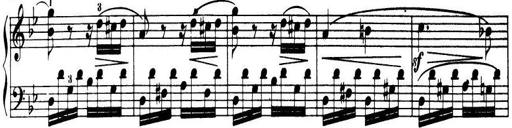
Title: 32 Sonatinas and Rondos for the Piano
Composer: Richard Kleinmichel